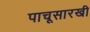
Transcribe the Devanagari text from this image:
पाचूसारखी